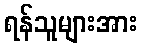
ရန်သူများအား